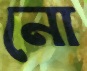
নো